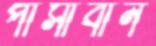
পাসাবান